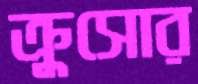
ক্রুসোর